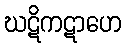
ဃဋိကဋာဟေ